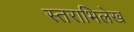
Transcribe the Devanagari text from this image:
स्तराभिलेख